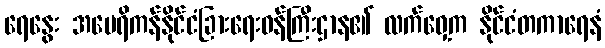
ရေနွေး အမေရိကန်နိုင်ငံခြားရေးဝန်ကြီးဌာန၏ လက်ဝှေ့က နိုင်ငံတကာရေနံ